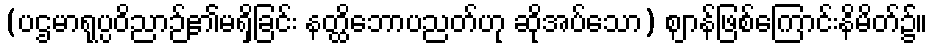
(ပဌမာရုပ္ပဝိညာဉ်၏မရှိခြင်း နတ္ထိဘောပညတ်ဟု ဆိုအပ်သော) ဈာန်ဖြစ်ကြောင်းနိမိတ်၌။